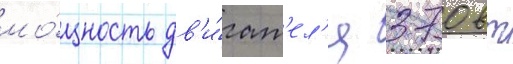
мо́щность дв'и́гат'ел'я 370 вт